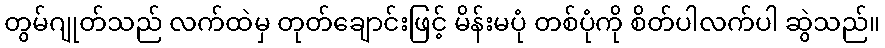
တွမ်ဂျုတ်သည် လက်ထဲမှ တုတ်ချောင်းဖြင့် မိန်းမပုံ တစ်ပုံကို စိတ်ပါလက်ပါ ဆွဲသည်။